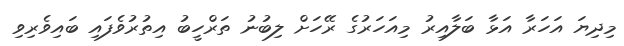
މިދިޔަ އަހަރާ އަޅާ ބަލާއިރު މިއަހަރުގެ ރޭހަށް ލިބުނު ތަރްހީބު އިތުރުވެފައި ބައިވެރިވި